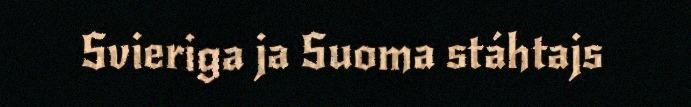
Svieriga ja Suoma stáhtajs